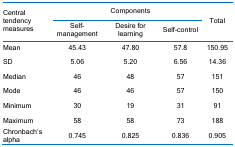
<table><thead><tr><td rowspan="2"><b>Central tendencymeasures</b></td><td><b> </b></td><td><b>Components</b></td><td><b> </b></td><td rowspan="2"><b>Total</b></td></tr><tr><td><b>Self-management</b></td><td><b>Desire for learning</b></td><td><b>Self-control</b></td></tr></thead><tbody><tr><td>Mean</td><td>45.43</td><td>47.80</td><td>57.8</td><td>150.95</td></tr><tr><td>SD</td><td>5.06</td><td>5.20</td><td>6.56</td><td>14.36</td></tr><tr><td>Median</td><td>46</td><td>48</td><td>57</td><td>151</td></tr><tr><td>Mode</td><td>46</td><td>46</td><td>57</td><td>150</td></tr><tr><td>Minimum</td><td>30</td><td>19</td><td>31</td><td>91</td></tr><tr><td>Maximum</td><td>58</td><td>58</td><td>73</td><td>188</td></tr><tr><td>Chronbach’s alpha</td><td>0.745</td><td>0.825</td><td>0.836</td><td>0.905</td></tr></tbody></table>